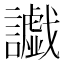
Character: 𮙅